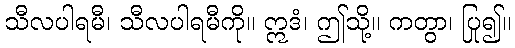
သီလပါရမီ၊ သီလပါရမီကို။ ဣဒံ၊ ဤသို့။ ကတွာ၊ ပြု၍။